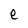
Character: e